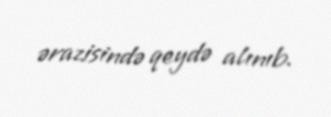
ərazisində qeydə alınıb.